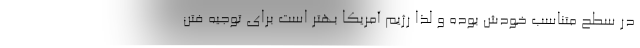
در سطح متناسب خودش بوده و لذا رژیم آمریکا بهتر است برای توجیه فتن